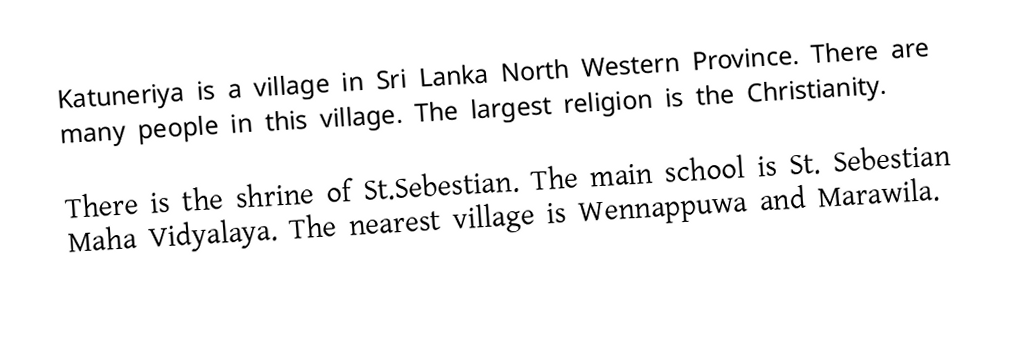
Katuneriya is a village in Sri Lanka North Western Province. There are many people in this village. The largest religion is the Christianity.

There is the shrine of St.Sebestian. The main school is St. Sebestian Maha Vidyalaya. The nearest village is Wennappuwa and Marawila.